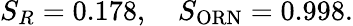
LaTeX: S_{R}=0.178,\quad S_{\mathrm{ORN}}=0.998.